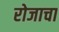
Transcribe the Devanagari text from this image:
रोजाचा